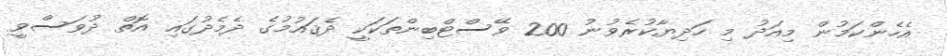
އެހެންކަމުން މިއަދު މި ހަދިޔާކުރެވުނު 200 ވޭސްޓްބިންތަކަކީ ދެޤައުމުގެ ދެމެދުގައި އޮތް ދުވަސްވީ